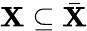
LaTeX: \mathbf{X}\subseteq{\bar{{\mathbf{X}}}}